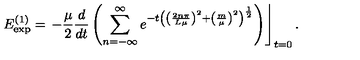
E _ { \exp } ^ { \left( 1 \right) } = \left. - \frac \mu 2 \frac d { d t } \left( \sum _ { n = - \infty } ^ { \infty } e ^ { - t \left( \left( \frac { 2 n \pi } { L \mu } \right) ^ { 2 } + \left( \frac m \mu \right) ^ { 2 } \right) ^ { \frac 1 2 } } \right) \right\rfloor _ { t = 0 } .